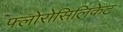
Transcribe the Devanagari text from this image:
फ्लोरोसिलिकेट